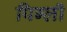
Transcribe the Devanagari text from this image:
पिग्ली